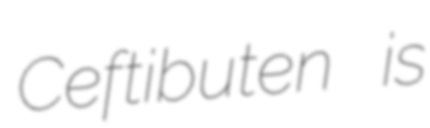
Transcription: Ceftibuten is